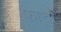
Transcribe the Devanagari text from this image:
फात्तों